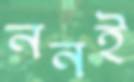
ননই